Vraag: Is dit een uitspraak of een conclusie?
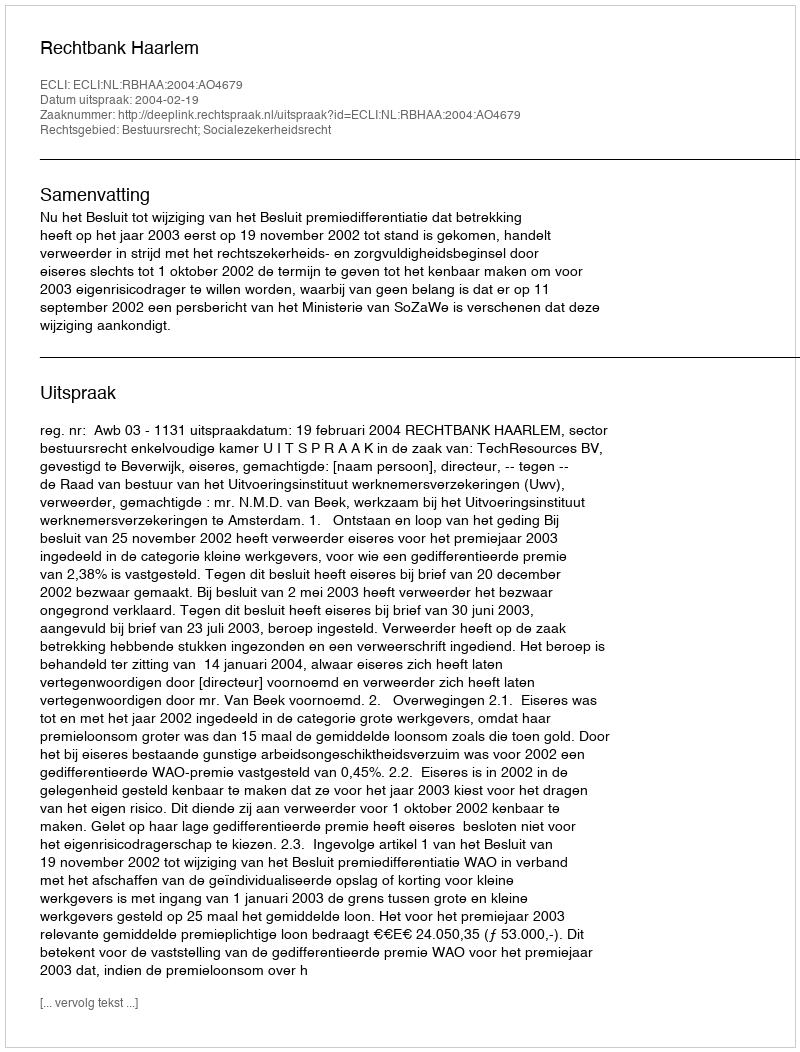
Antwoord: Uitspraak